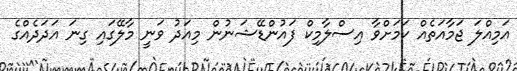
އަމިއްލަ ޖަމާއަތެއް ކަމަށްވާ އިސްލާމިކް ފައުންޑޭޝަނުން މިއަދު ވަނީ މާލޭގައި ގިނަ އަދަދެއްގެ